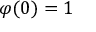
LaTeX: \varphi ( 0 ) = 1